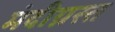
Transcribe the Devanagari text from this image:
मंदीग्रस्त